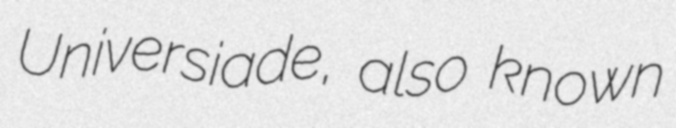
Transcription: Universiade, also known